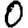
Digit: 0